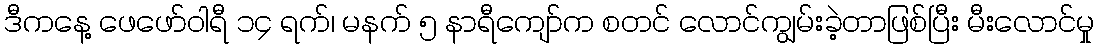
ဒီကနေ့ ဖေဖော်ဝါရီ ၁၄ ရက်၊ မနက် ၅ နာရီကျော်က စတင် လောင်ကျွမ်းခဲ့တာဖြစ်ပြီး မီးလောင်မှု